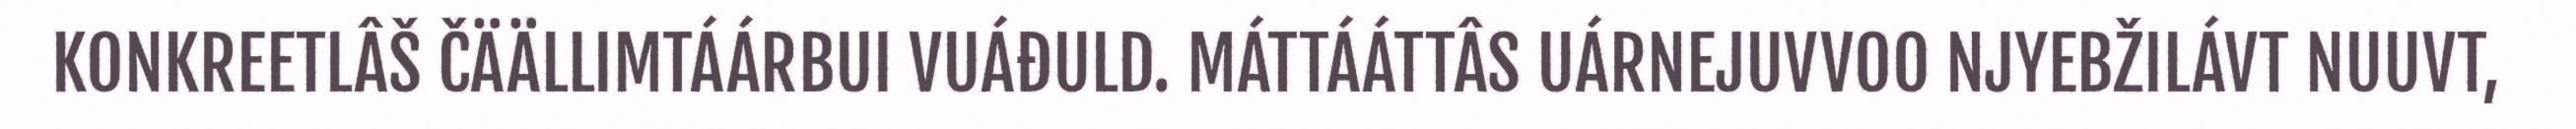
KONKREETLÂŠ ČÄÄLLIMTÁÁRBUI VUÁĐULD. MÁTTÁÁTTÂS UÁRNEJUVVOO NJYEBŽILÁVT NUUVT,